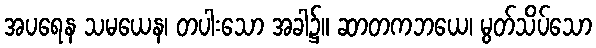
အပရေန သမယေန၊ တပါးသော အခါ၌။ ဆာတကဘယေ၊ မွတ်သိပ်သော